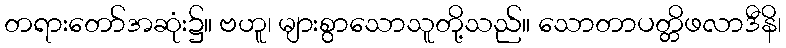
တရားတော်အဆုံး၌။ ဗဟူ၊ များစွာသောသူတို့သည်။ သောတာပတ္တိဖလာဒီနိ၊